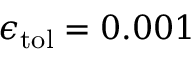
\epsilon _ { \mathrm { { t o l } } } = 0 . 0 0 1